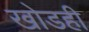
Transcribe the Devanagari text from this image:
खोडही